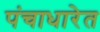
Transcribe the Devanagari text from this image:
पंचाधारेत